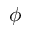
\phi